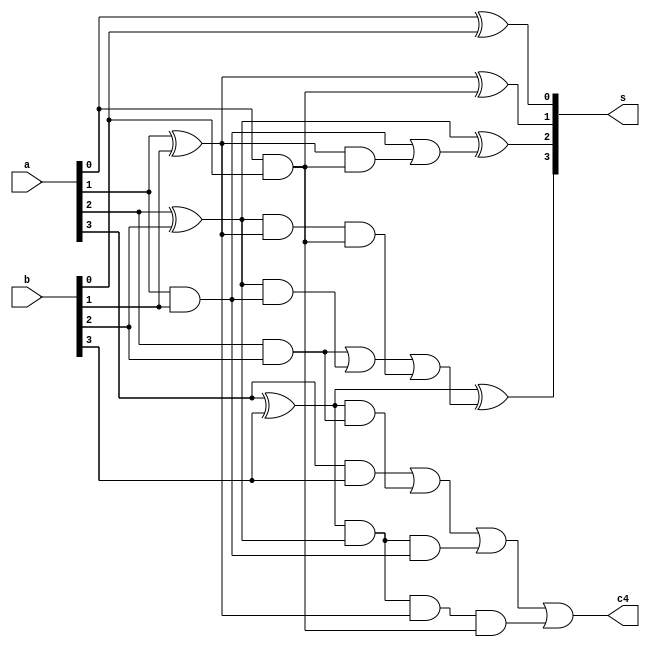
//4 Bit Carry Look Ahead Adder
module CarryLook(s,c4,a,b);
output [3:0] s;
output c4;
input [3:0] a,b;
wire p0,p1,p2,p3,g0,g1,g2,g3,c3,c2,c1,c0;

//initial
assign c0=0;

//propogation functions
assign p0=(a[0]^b[0]);
assign p1=(a[1]^b[1]);
assign p2=(a[2]^b[2]);
assign p3=(a[3]^b[3]);

//generating functions
assign g0=(a[0]&b[0]);
assign g1=(a[1]&b[1]);
assign g2=(a[2]&b[ 2]);
assign g3=(a[3]&b[3]);

//Carry out
//Ci+1 = Gi+(PiCi)
assign c1=g0|(p0&c0);
assign c2=g1|(p1&g0)|(p1&p0&c0);
assign c3=g2|(p2&g1)|(p2&p1&g0)|(p2&p1&p0&c0);
assign c4=g3|(p3&g2)|(p3&p2&g1)|(p3&p2&p1&g0)|(p3&p2&p1&p0&c0);

//Sum
assign s[0]=p0^c0;
assign s[1]=p1^c1;
assign s[2]=p2^c2;
assign s[3]=p3^c3;

endmodule